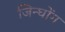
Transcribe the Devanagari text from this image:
जिन्घोंग